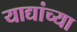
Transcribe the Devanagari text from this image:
याद्यांच्या